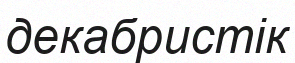
декабристік